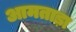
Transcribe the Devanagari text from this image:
आमताड़ा